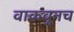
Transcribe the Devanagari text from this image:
वाकवूनच